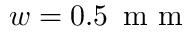
w = 0 . 5 \, \mathrm { ~ m ~ m ~ }